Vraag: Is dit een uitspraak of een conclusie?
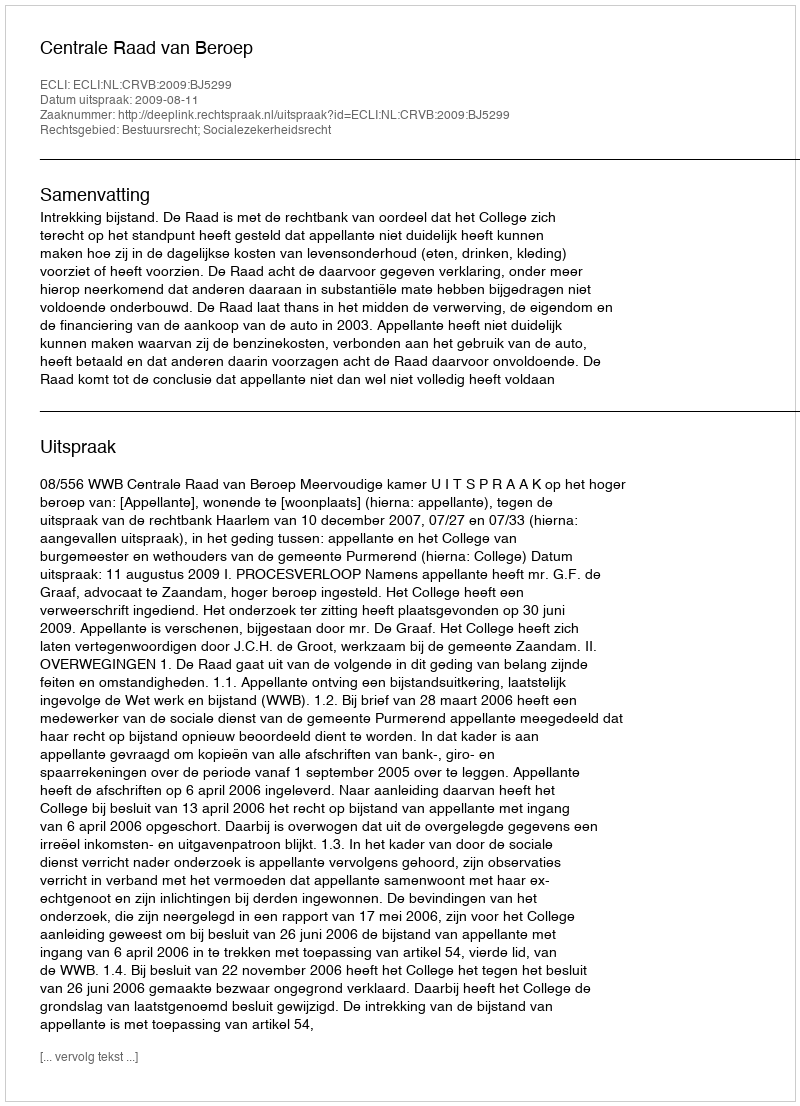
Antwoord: Uitspraak